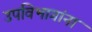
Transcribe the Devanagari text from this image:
उपविभागांना